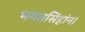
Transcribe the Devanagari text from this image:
भगतसिंहांना